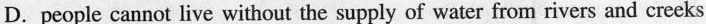
D.people cannot live without the supply of water from rivers and creeks